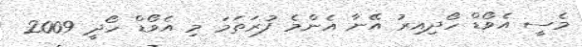
މެސީ އެވޯޑް ހޯދިއިރު އޭނާ އެންމެ ފުރަތަމަ މި އެވޯޑް ހޯދީ 2009